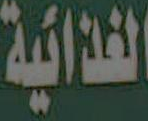
الغذائية